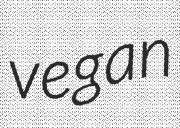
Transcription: vegan